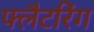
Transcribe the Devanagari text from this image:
फ्लैटरिंग